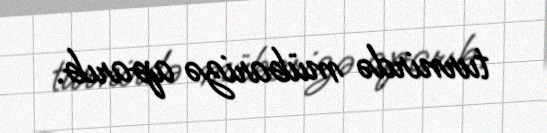
turnirdə mübarizə aparıb.